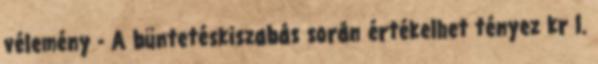
vélemény - A büntetéskiszabás során értékelhet tényez kr l.